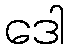
ဒေါ